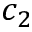
c _ { 2 }